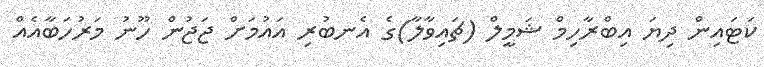
ކަޓައިން ދިޔަ އިބްރާހިމް ޝަމީލް (ޗައިވާލާ)ގެ އެނބުރި އައުމަށް ޖަޖުން ހޫނު މަރުހަބާއެއް